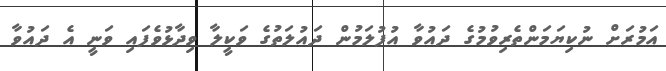
އަމުރަށް ނުކިޔަމަންތެރިވުމުގެ ދައުވާ އުފުލަމުން ދައުލަތުގެ ވަކީލާ ވިދާޅުވެފައި ވަނީ އެ ދައުވާ